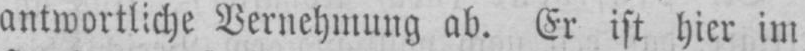
antwortliche Vernehmung ab. Er ist hier im